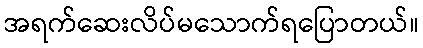
အရက်ဆေးလိပ်မသောက်ရပြောတယ်။